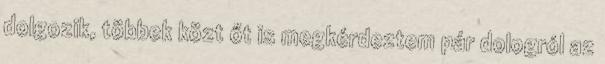
dolgozik, többek közt őt is megkérdeztem pár dologról az